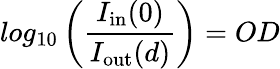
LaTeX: log_{10}\left(\frac{I_{\mathrm{in}}(0)}{I_{\mathrm{out}}(d)}\right)=OD